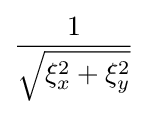
{\frac {1}{\sqrt {\xi _{x}^{2}+\xi _{y}^{2}}}}